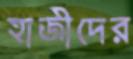
হাজীদের